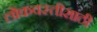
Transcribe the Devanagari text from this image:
लोकवस्तीसाठी